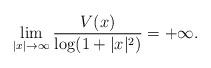
LaTeX: \begin{align*} \lim_{|x| \to\infty} \frac{V(x)}{\log(1+|x|^2)} = +\infty . \end{align*}